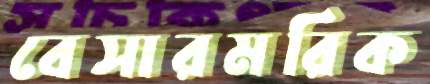
বেসারমরিক